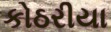
કોઠરીયા